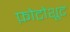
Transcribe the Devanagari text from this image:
फ़ोटोशूट